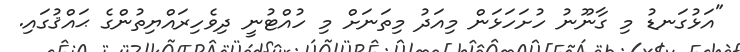
"އަޅުގަނޑު މި ގާނޫނު ހުށަހަޅަން މިއަދު މިތަނަށް މި ހުއްޓުނީ ދިވެހިރައްޔިތުންގެ ޙައްޤުގައި.